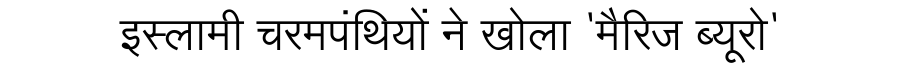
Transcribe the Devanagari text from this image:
इस्लामी चरमपंथियों ने खोला 'मैरिज ब्यूरो'